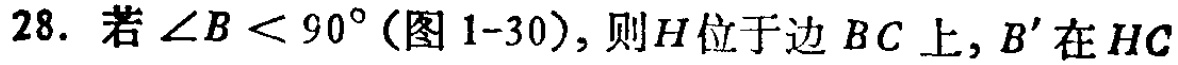
28. 若\(\angle B < 90^{\circ}\)(图1-30)，则\(H\)位于边 \(BC\) 上，\(B'\) 在 \(HC\)